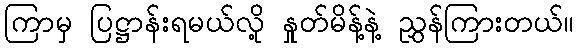
ကြာမှ ပြဋ္ဌာန်းရမယ်လို့ နှုတ်မိန့်နဲ့ ညွှန်ကြားတယ်။